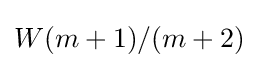
W(m+1)/(m+2)